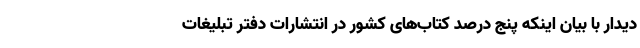
دیدار با بیان اینکه پنج درصد کتاب‌های کشور در انتشارات دفتر تبلیغات